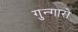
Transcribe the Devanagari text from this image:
गुन्गारो